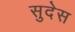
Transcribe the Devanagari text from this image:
सुदेस